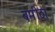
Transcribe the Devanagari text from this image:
बमीठा